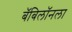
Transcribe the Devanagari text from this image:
बॅबिलॉनला